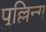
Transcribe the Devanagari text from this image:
पुल्लिन्ग